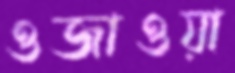
ওজাওয়া